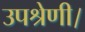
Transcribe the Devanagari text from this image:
उपश्रेणी।